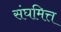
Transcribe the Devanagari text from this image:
संघमित्त